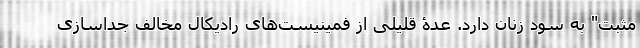
مثبت" به سود زنان دارد. عدۀ قلیلی از فمینیست‌های رادیکال مخالف جداسازی